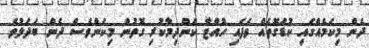
ދެން މިކަމެއްގައި ކުޑަގޮތެއް ވެފައި ހުއްޓާ ކަންދިމާކުރި ގޮތުން މިކަންވެސް ދެން ބަދަލުވެ